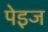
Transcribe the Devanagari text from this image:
पेइज